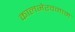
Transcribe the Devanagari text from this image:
कालभैरवनाम